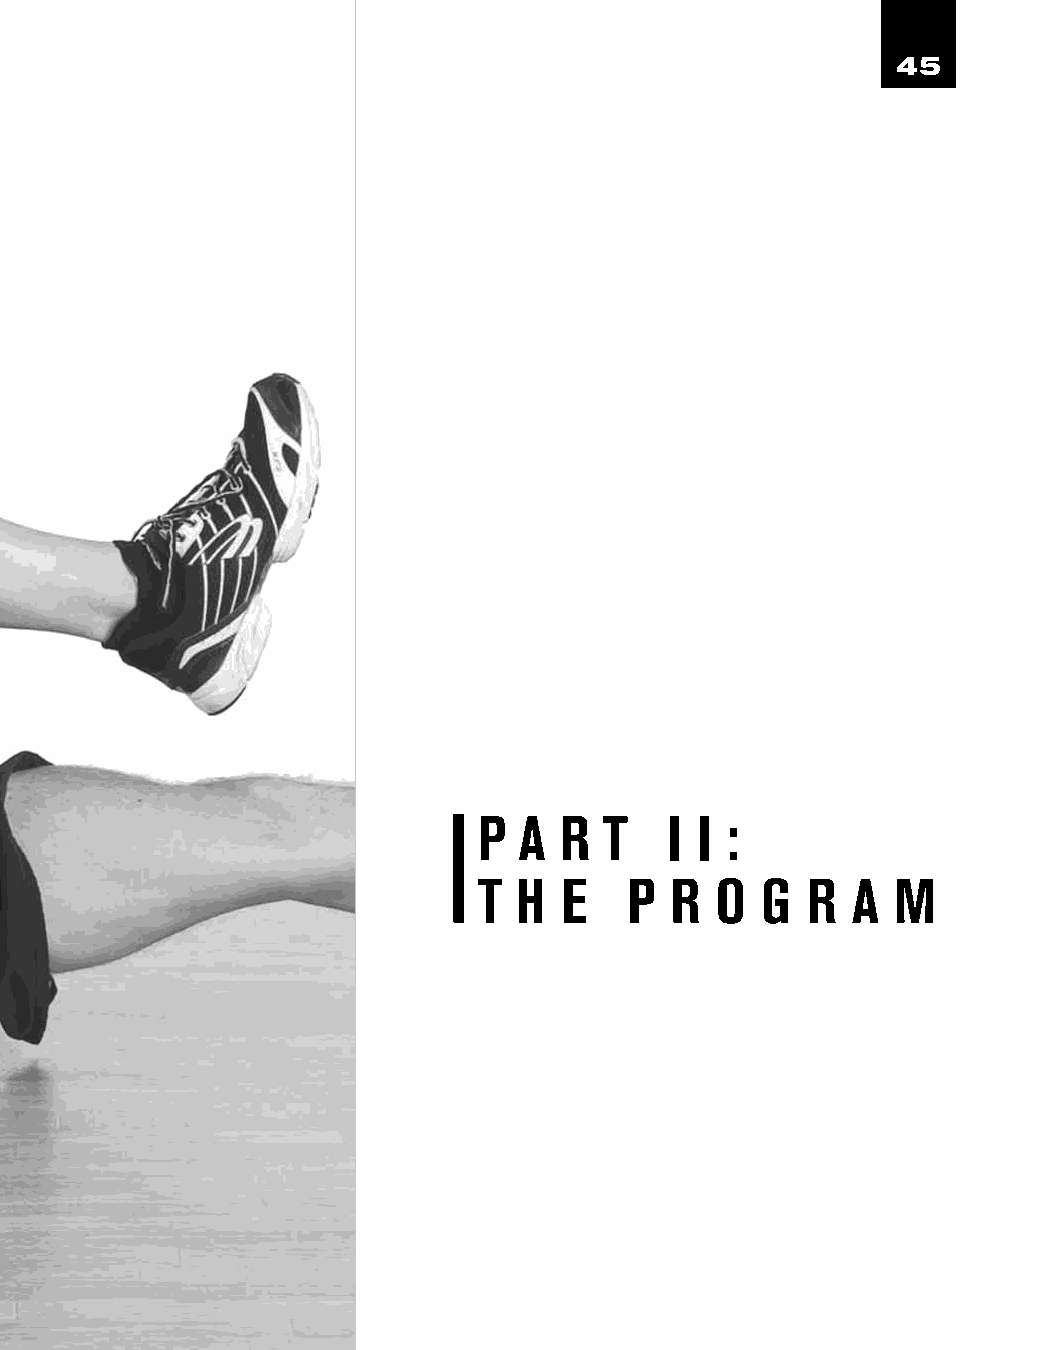
45
 P A  R  T   I I :
 T H  E    P R  O  G  R  A  M